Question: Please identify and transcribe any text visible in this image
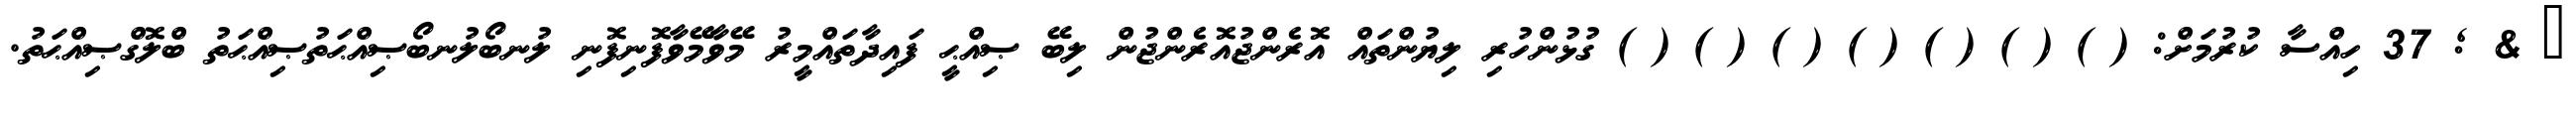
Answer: ? & ; 37 ހިއްސާ ކުރުމަށް: ( ) ( ) ( ) ( ) ( ) ( ) ( ) ގުޅުންހުރި ލިޔުންތައް އޮރެންޖުއޮރެންޖުން ލިބޭ ޞިއްޙީ ފައިދާތައްމީރު މޭވާމޭވާފޮނިފޮނި ލުނބޯލުނބޯޞިއްޙަތުޞިއްޙަތު ބްލޮގްޞިއްޙަތު.